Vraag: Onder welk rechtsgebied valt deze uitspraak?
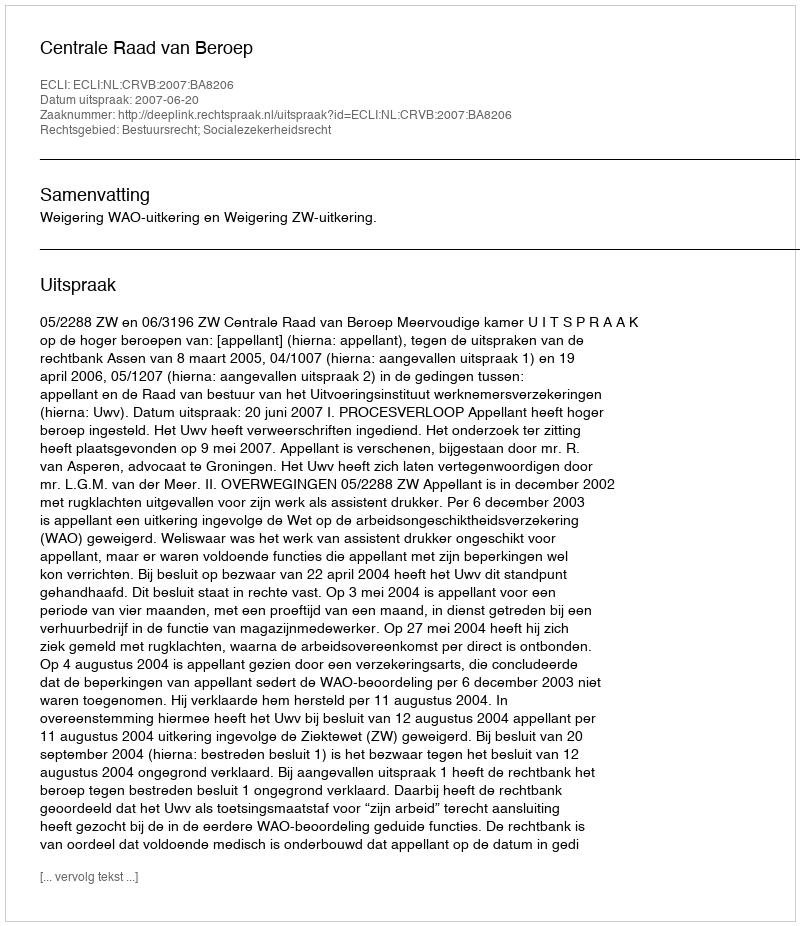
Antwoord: Bestuursrecht; Socialezekerheidsrecht